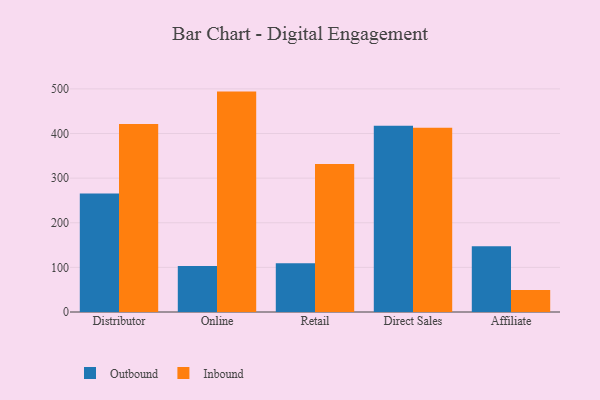
{"axis": {"x": "Channel", "y": "Gross Profit (USD K)"}, "legend": ["Inbound", "Outbound"], "data": [{"x": "Distributor", "y": 265.5, "type": "Outbound"}, {"x": "Distributor", "y": 421.6, "type": "Inbound"}, {"x": "Online", "y": 103.2, "type": "Outbound"}, {"x": "Online", "y": 494.0, "type": "Inbound"}, {"x": "Retail", "y": 109.2, "type": "Outbound"}, {"x": "Retail", "y": 331.8, "type": "Inbound"}, {"x": "Direct Sales", "y": 417.6, "type": "Outbound"}, {"x": "Direct Sales", "y": 412.9, "type": "Inbound"}, {"x": "Affiliate", "y": 147.2, "type": "Outbound"}, {"x": "Affiliate", "y": 49.5, "type": "Inbound"}]}